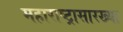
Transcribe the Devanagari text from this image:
महाराष्ट्रासारख्‍या